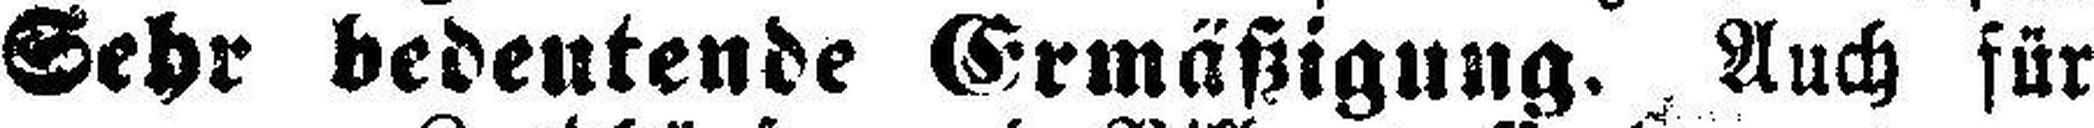
Sehr bedeutende Ermäßigung. Auch für